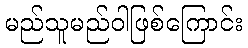
မည်သူမည်ဝါဖြစ်ကြောင်း